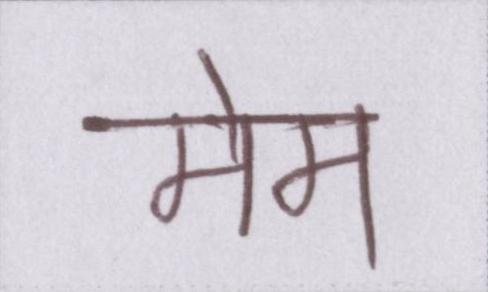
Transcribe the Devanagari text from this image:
मेम